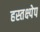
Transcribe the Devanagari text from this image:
हस्तक्ष्पेप